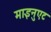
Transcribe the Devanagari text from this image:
माइनुएट